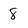
Character: 8